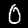
Digit: 0